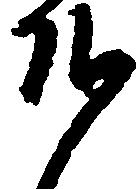
そ